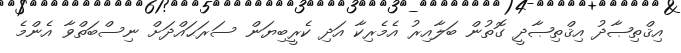
އިޤްތިޞާދު އިޤްތިޞާދީ ގޮތުން ބަލާއިރު އެމެރިކާ އަދި ކެރީބިޔަން ސަރަޙައްދަށް ނިސްބަތްވާ އެންމެ